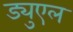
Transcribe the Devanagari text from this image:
ड्युएल